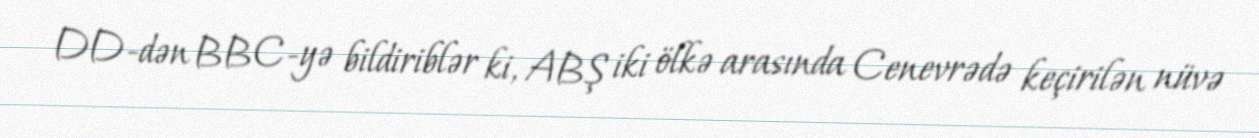
DD-dən BBC-yə bildiriblər ki, ABŞ iki ölkə arasında Cenevrədə keçirilən nüvə